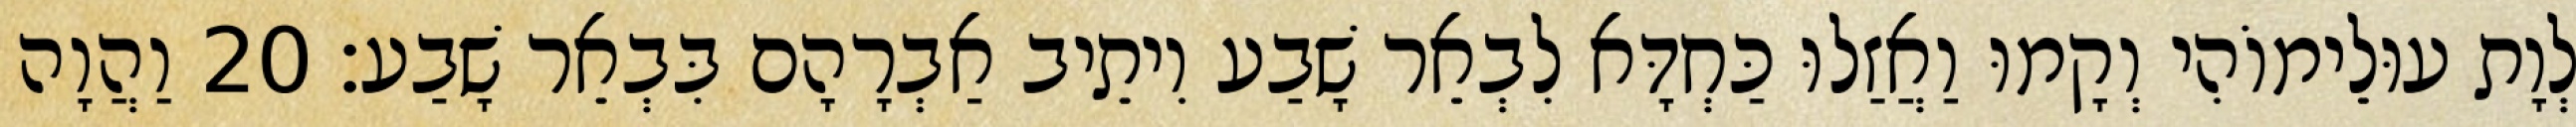
לְוָת עוּלֵימוֹהִי וְקָמוּ וַאֲזַלוּ כַּחְדָּא לִבְאֵר שָׁבַע וִיתֵיב אַבְרָהָם בִּבְאֵר שָׁבַע׃ 20 וַהֲוָה